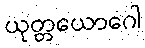
ယုတ္တယောဂေါ